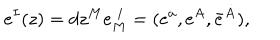
e ^ { I } ( z ) = d z ^ { M } e _ { M } ^ { ~ I } = ( e ^ { a } , e ^ { A } , \bar { e } ^ { \dot { A } } ) ,